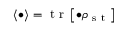
\left< \bullet \right> = \mathrm { ~ t ~ r ~ } \left[ \bullet \rho _ { \mathrm { ~ s ~ t ~ } } \right]